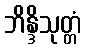
ဘိန္ဒိသုတ္တံ